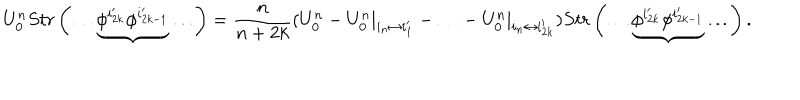
U _ { 0 } ^ { n } S t r \left( \ldots \underbrace { \phi ^ { i _ { 2 k } ^ { \prime } } \phi ^ { i _ { 2 k - 1 } ^ { \prime } } } \ldots \right) = \frac { n } { n + 2 k } ( U _ { 0 } ^ { n } - U _ { 0 } ^ { n } | _ { i _ { n } \leftrightarrow i _ { 1 } ^ { \prime } } - \ldots - U _ { 0 } ^ { n } | _ { i _ { n } \leftrightarrow i _ { 2 k } ^ { \prime } } ) S t r \left( \ldots \underbrace { \phi ^ { i _ { 2 k } ^ { \prime } } \phi ^ { i _ { 2 k - 1 } ^ { \prime } } } \ldots \right) .